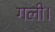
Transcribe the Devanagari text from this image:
गली।